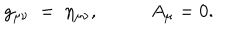
LaTeX: g _ { \mu \nu } \; = \; \eta _ { \mu \nu } , \; A _ { \mu } = 0 .